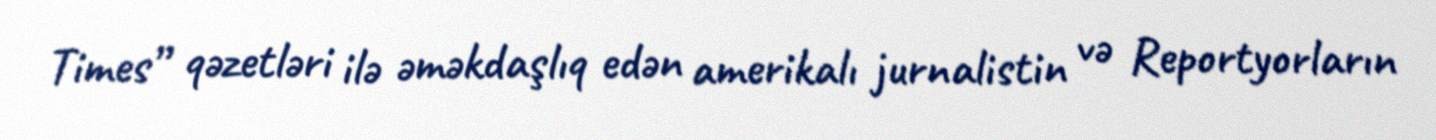
Times” qəzetləri ilə əməkdaşlıq edən amerikalı jurnalistin və Reportyorların